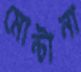
মোন্টানা